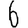
Digit: 6